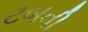
ટબની